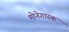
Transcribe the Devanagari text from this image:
मोनेगास्क